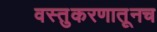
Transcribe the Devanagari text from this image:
वस्तुकरणातूनच